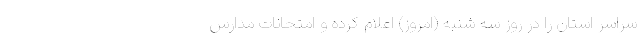
سراسر استان را در روز سه شنبه (امروز) اعلام کرده و امتحانات مدارس